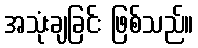
အသုံးချခြင်း ဖြစ်သည်။